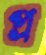
প্র